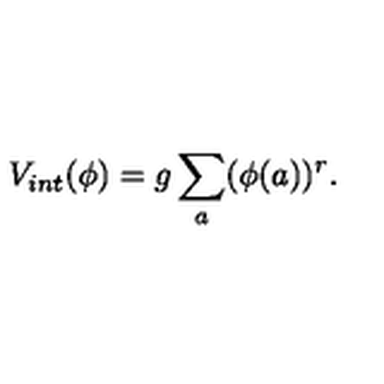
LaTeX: V _ { i n t } ( \phi ) = g \sum _ { a } ( \phi ( a ) ) ^ { r } .